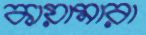
কায়ামারা